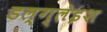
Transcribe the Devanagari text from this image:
डल्ग्लेइश